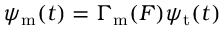
\psi _ { \mathrm { m } } ( t ) = \Gamma _ { \mathrm { m } } ( F ) \psi _ { \mathrm { t } } ( t )